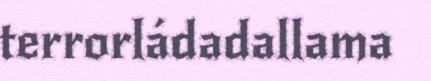
terrorládadallama